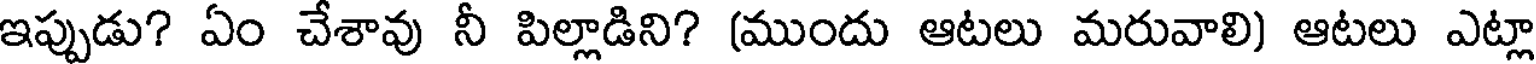
ఇప్పుడు? ఏం చేశావు నీ పిల్లాడిని? (ముందు ఆటలు మరువాలి) ఆటలు ఎట్లా